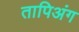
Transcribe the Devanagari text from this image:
तापिअंग